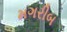
મગરીબ